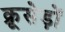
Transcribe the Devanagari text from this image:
क्रूसेड़ों